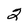
Character: 2